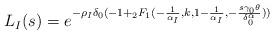
LaTeX: \begin{align*} L_I(s)=e^{-\rho_I \delta_0(-1+{}_2F_1(-\frac{1}{\alpha_I}, k, 1-\frac{1}{\alpha_I}, -\frac{s \gamma_0 \theta}{\delta_0^{\alpha}} ))} \end{align*}